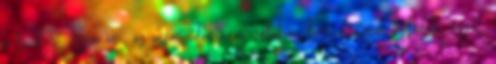
a lucky: Köszönöm, az orvostudomány valóban bámulatosan fejlődik. mv3: